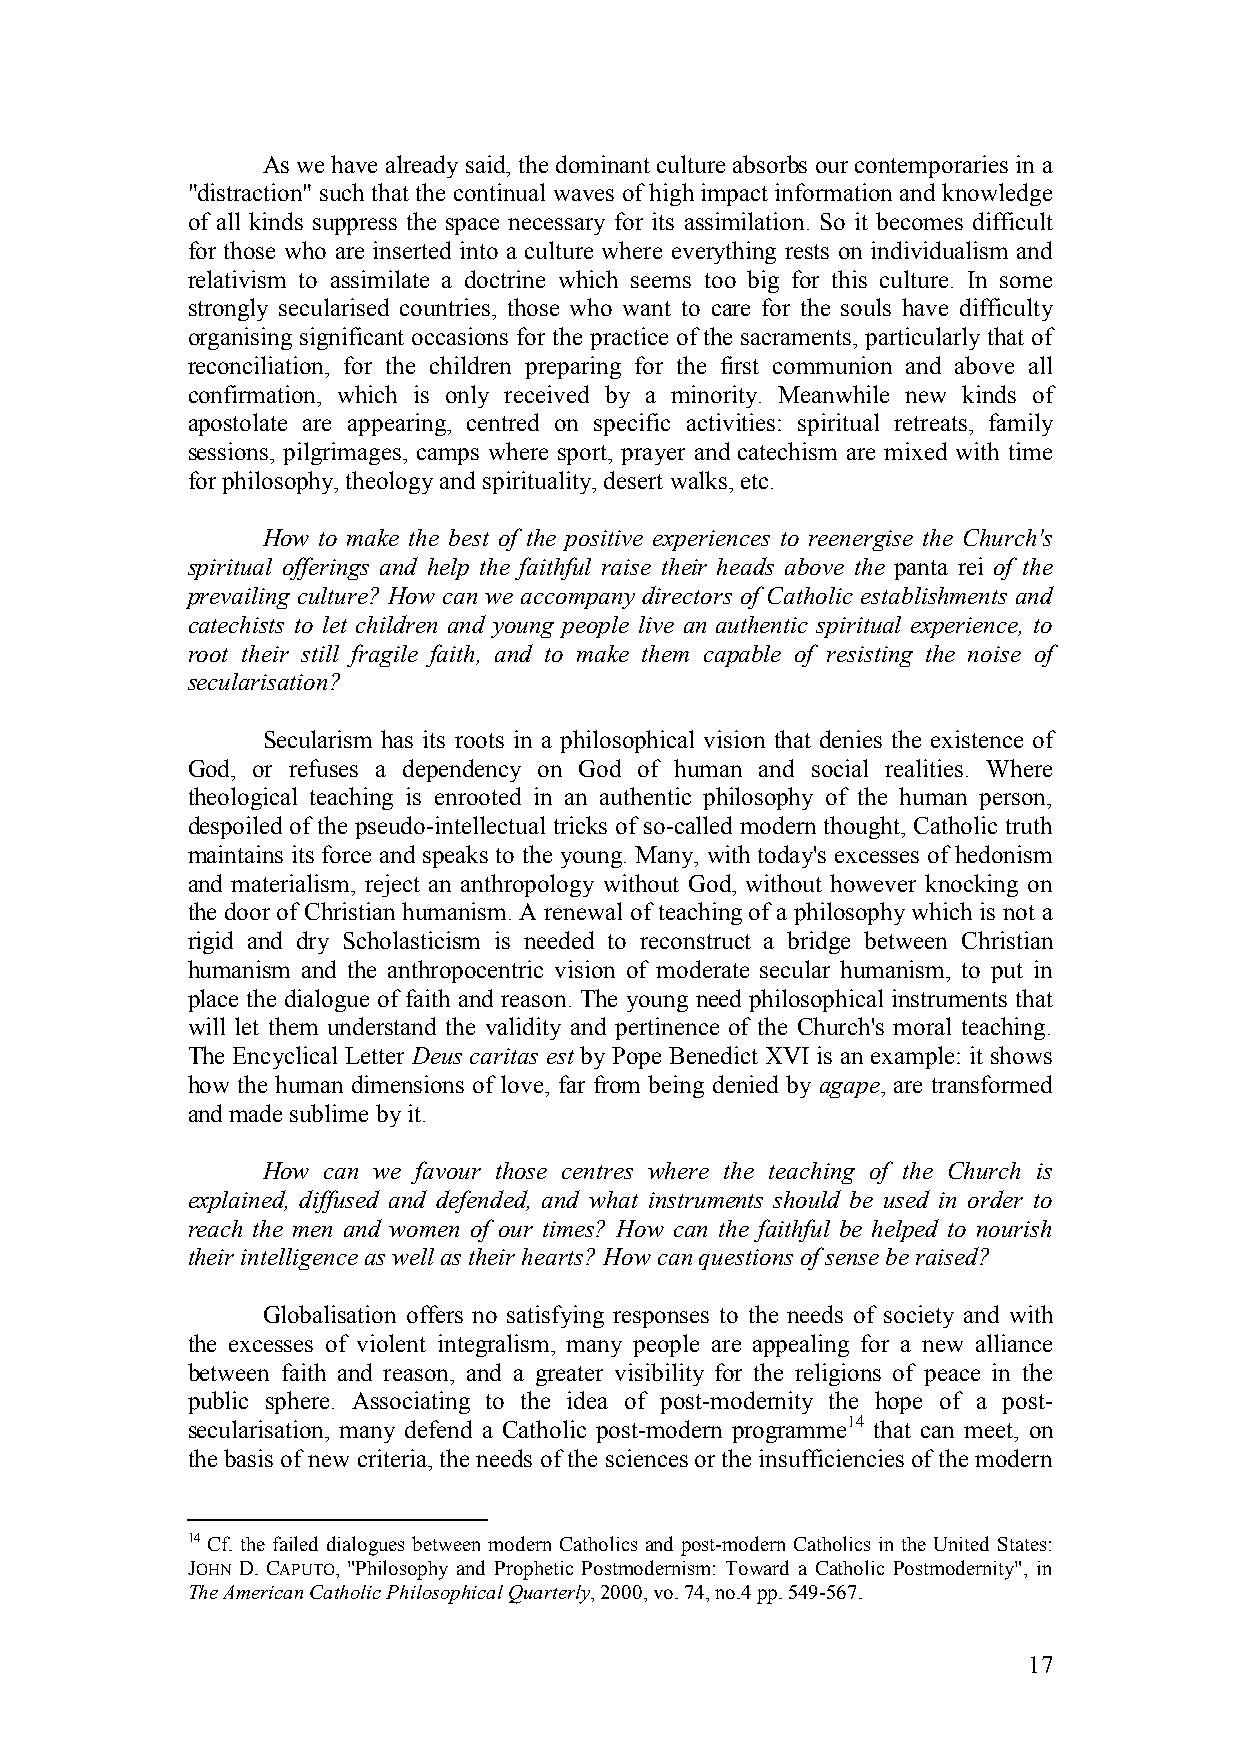
As we have already said, the dominant culture absorbs our contemporaries in a
 "distraction" such that the continual waves of high impact information and knowledge
 of all kinds suppress the space necessary for its assimilation. So it becomes difficult
 for those who are inserted into a culture where everything rests on individualism and
 relativism to assimilate a doctrine which seems too big for this culture. In some
 strongly secularised countries, those who want to care for the souls have difficulty
 organising significant occasions for the practice of the sacraments, particularly that of
 reconciliation, for the children preparing for the first communion and above all
 confirmation, which is only received by a minority. Meanwhile new kinds of
 apostolate are appearing, centred on specific activities: spiritual retreats, family
 sessions, pilgrimages, camps where sport, prayer and catechism are mixed with time
 for philosophy, theology and spirituality, desert walks, etc.
 How to make the best of the positive experiences to reenergise the Church's
 spiritual offerings and help the faithful raise their heads above the panta rei of the
 prevailing culture? How can we accompany directors of Catholic establishments and
 catechists to let children and young people live an authentic spiritual experience, to
 root their still fragile faith, and to make them capable of resisting the noise of
 secularisation?
 Secularism has its roots in a philosophical vision that denies the existence of
 God, or refuses a dependency on God of human and social realities. Where
 theological teaching is enrooted in an authentic philosophy of the human person,
 despoiled of the pseudo-intellectual tricks of so-called modern thought, Catholic truth
 maintains its force and speaks to the young. Many, with today's excesses of hedonism
 and materialism, reject an anthropology without God, without however knocking on
 the door of Christian humanism. A renewal of teaching of a philosophy which is not a
 rigid and dry Scholasticism is needed to reconstruct a bridge between Christian
 humanism and the anthropocentric vision of moderate secular humanism, to put in
 place the dialogue of faith and reason. The young need philosophical instruments that
 will let them understand the validity and pertinence of the Church's moral teaching.
 The Encyclical Letter Deus caritas est by Pope Benedict XVI is an example: it shows
 how the human dimensions of love, far from being denied by agape, are transformed
 and made sublime by it.
 How can we favour those centres where the teaching of the Church is
 explained, diffused and defended, and what instruments should be used in order to
 reach the men and women of our times? How can the faithful be helped to nourish
 their intelligence as well as their hearts? How can questions of sense be raised?
 Globalisation offers no satisfying responses to the needs of society and with
 the excesses of violent integralism, many people are appealing for a new alliance
 between faith and reason, and a greater visibility for the religions of peace in the
 public sphere. Associating to the idea of post-modernity the hope of a post-
 secularisation, many defend a Catholic post-modern programme14 that can meet, on
 the basis of new criteria, the needs of the sciences or the insufficiencies of the modern
 14 Cf. the failed dialogues between modern Catholics and post-modern Catholics in the United States:
 JOHN D. CAPUTO, "Philosophy and Prophetic Postmodernism: Toward a Catholic Postmodernity", in
 The American Catholic Philosophical Quarterly, 2000, vo. 74, no.4 pp. 549-567.
 17